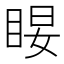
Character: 𰥤